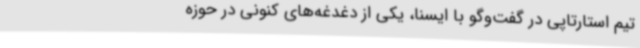
تیم استارتاپی در گفت‌وگو با ایسنا، یکی از دغدغه‌های کنونی در حوزه